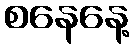
စနေနေ့